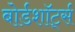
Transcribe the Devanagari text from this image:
बोर्डशॉर्ट्स